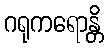
ဂရုကရောန္တိ